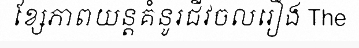
ខ្សែភាពយន្តគំនូរជីវចលរឿង The